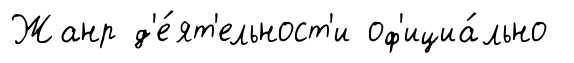
Жанр д'е́ят'ельност'и оф'ициа́льно